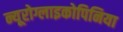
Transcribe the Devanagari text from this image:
न्यूरोग्लाइकोपिनिया